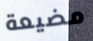
مضيعة